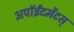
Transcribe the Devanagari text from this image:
अपॉईंटमेंटस्